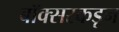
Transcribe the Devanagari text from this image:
बॉक्सरकडून